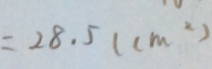
= 2 8 . 5 ( c m ^ { 2 } )